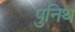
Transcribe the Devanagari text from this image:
पुनिथ